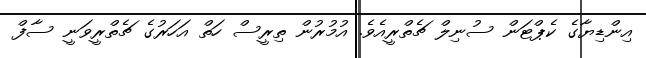
އިންޑިޔާގެ ކެޕްޓަން ސުނިލް ޗެތްރީއެވެ. އުމުރުން ތިރީސް ހަތް އަހަރުގެ ޗެތްރީވަނީ ސާފް